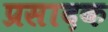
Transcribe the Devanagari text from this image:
प्रसादक